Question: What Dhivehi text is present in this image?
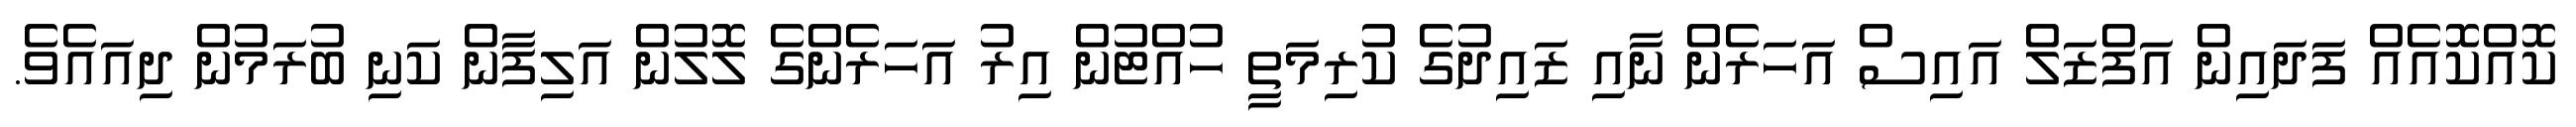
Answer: ކޮއްކޮއެއް ފަދައިން އަފްޒަލް އައިސް އަހަރެން ނާއި ޒައިދުގެ ކުރިމަތީ ހުއްޓުން އިރު އަހަރެންގެ ލޮލުން އަލިފާން ކަނި ބުރަމުން ދިއައެވެ.